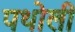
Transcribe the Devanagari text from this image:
पथोली